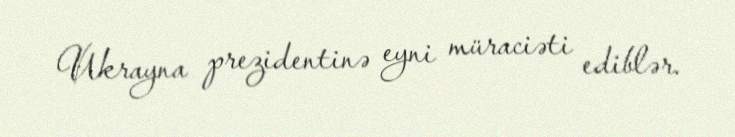
Ukrayna prezidentinə eyni müraciəti ediblər.